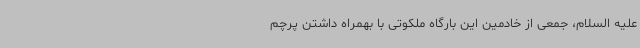
علیه السلام، جمعی از خادمین این بارگاه ملکوتی با بهمراه داشتن پرچم